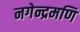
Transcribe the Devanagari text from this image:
नगेन्द्रमणि